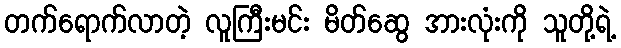
တက်ရောက်လာတဲ့ လူကြီးမင်း မိတ်ဆွေ အားလုံးကို သူတို့ရဲ့